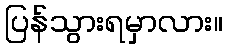
ပြန်သွားရမှာလား။